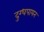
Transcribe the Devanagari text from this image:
दुग्धपायन